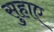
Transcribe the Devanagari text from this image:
सुहाए